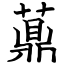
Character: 薡